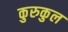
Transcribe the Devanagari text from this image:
कुरुकुल